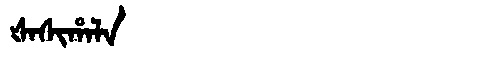
Manchu: ᡧᠠᠰᡳᡥᠠᠯᠠ
Romanization: ŠASIHALA